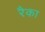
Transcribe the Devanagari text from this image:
रैका